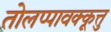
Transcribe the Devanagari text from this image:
तोलप्पावक्कूत्तु